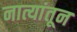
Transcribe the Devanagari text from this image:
नात्यांतून